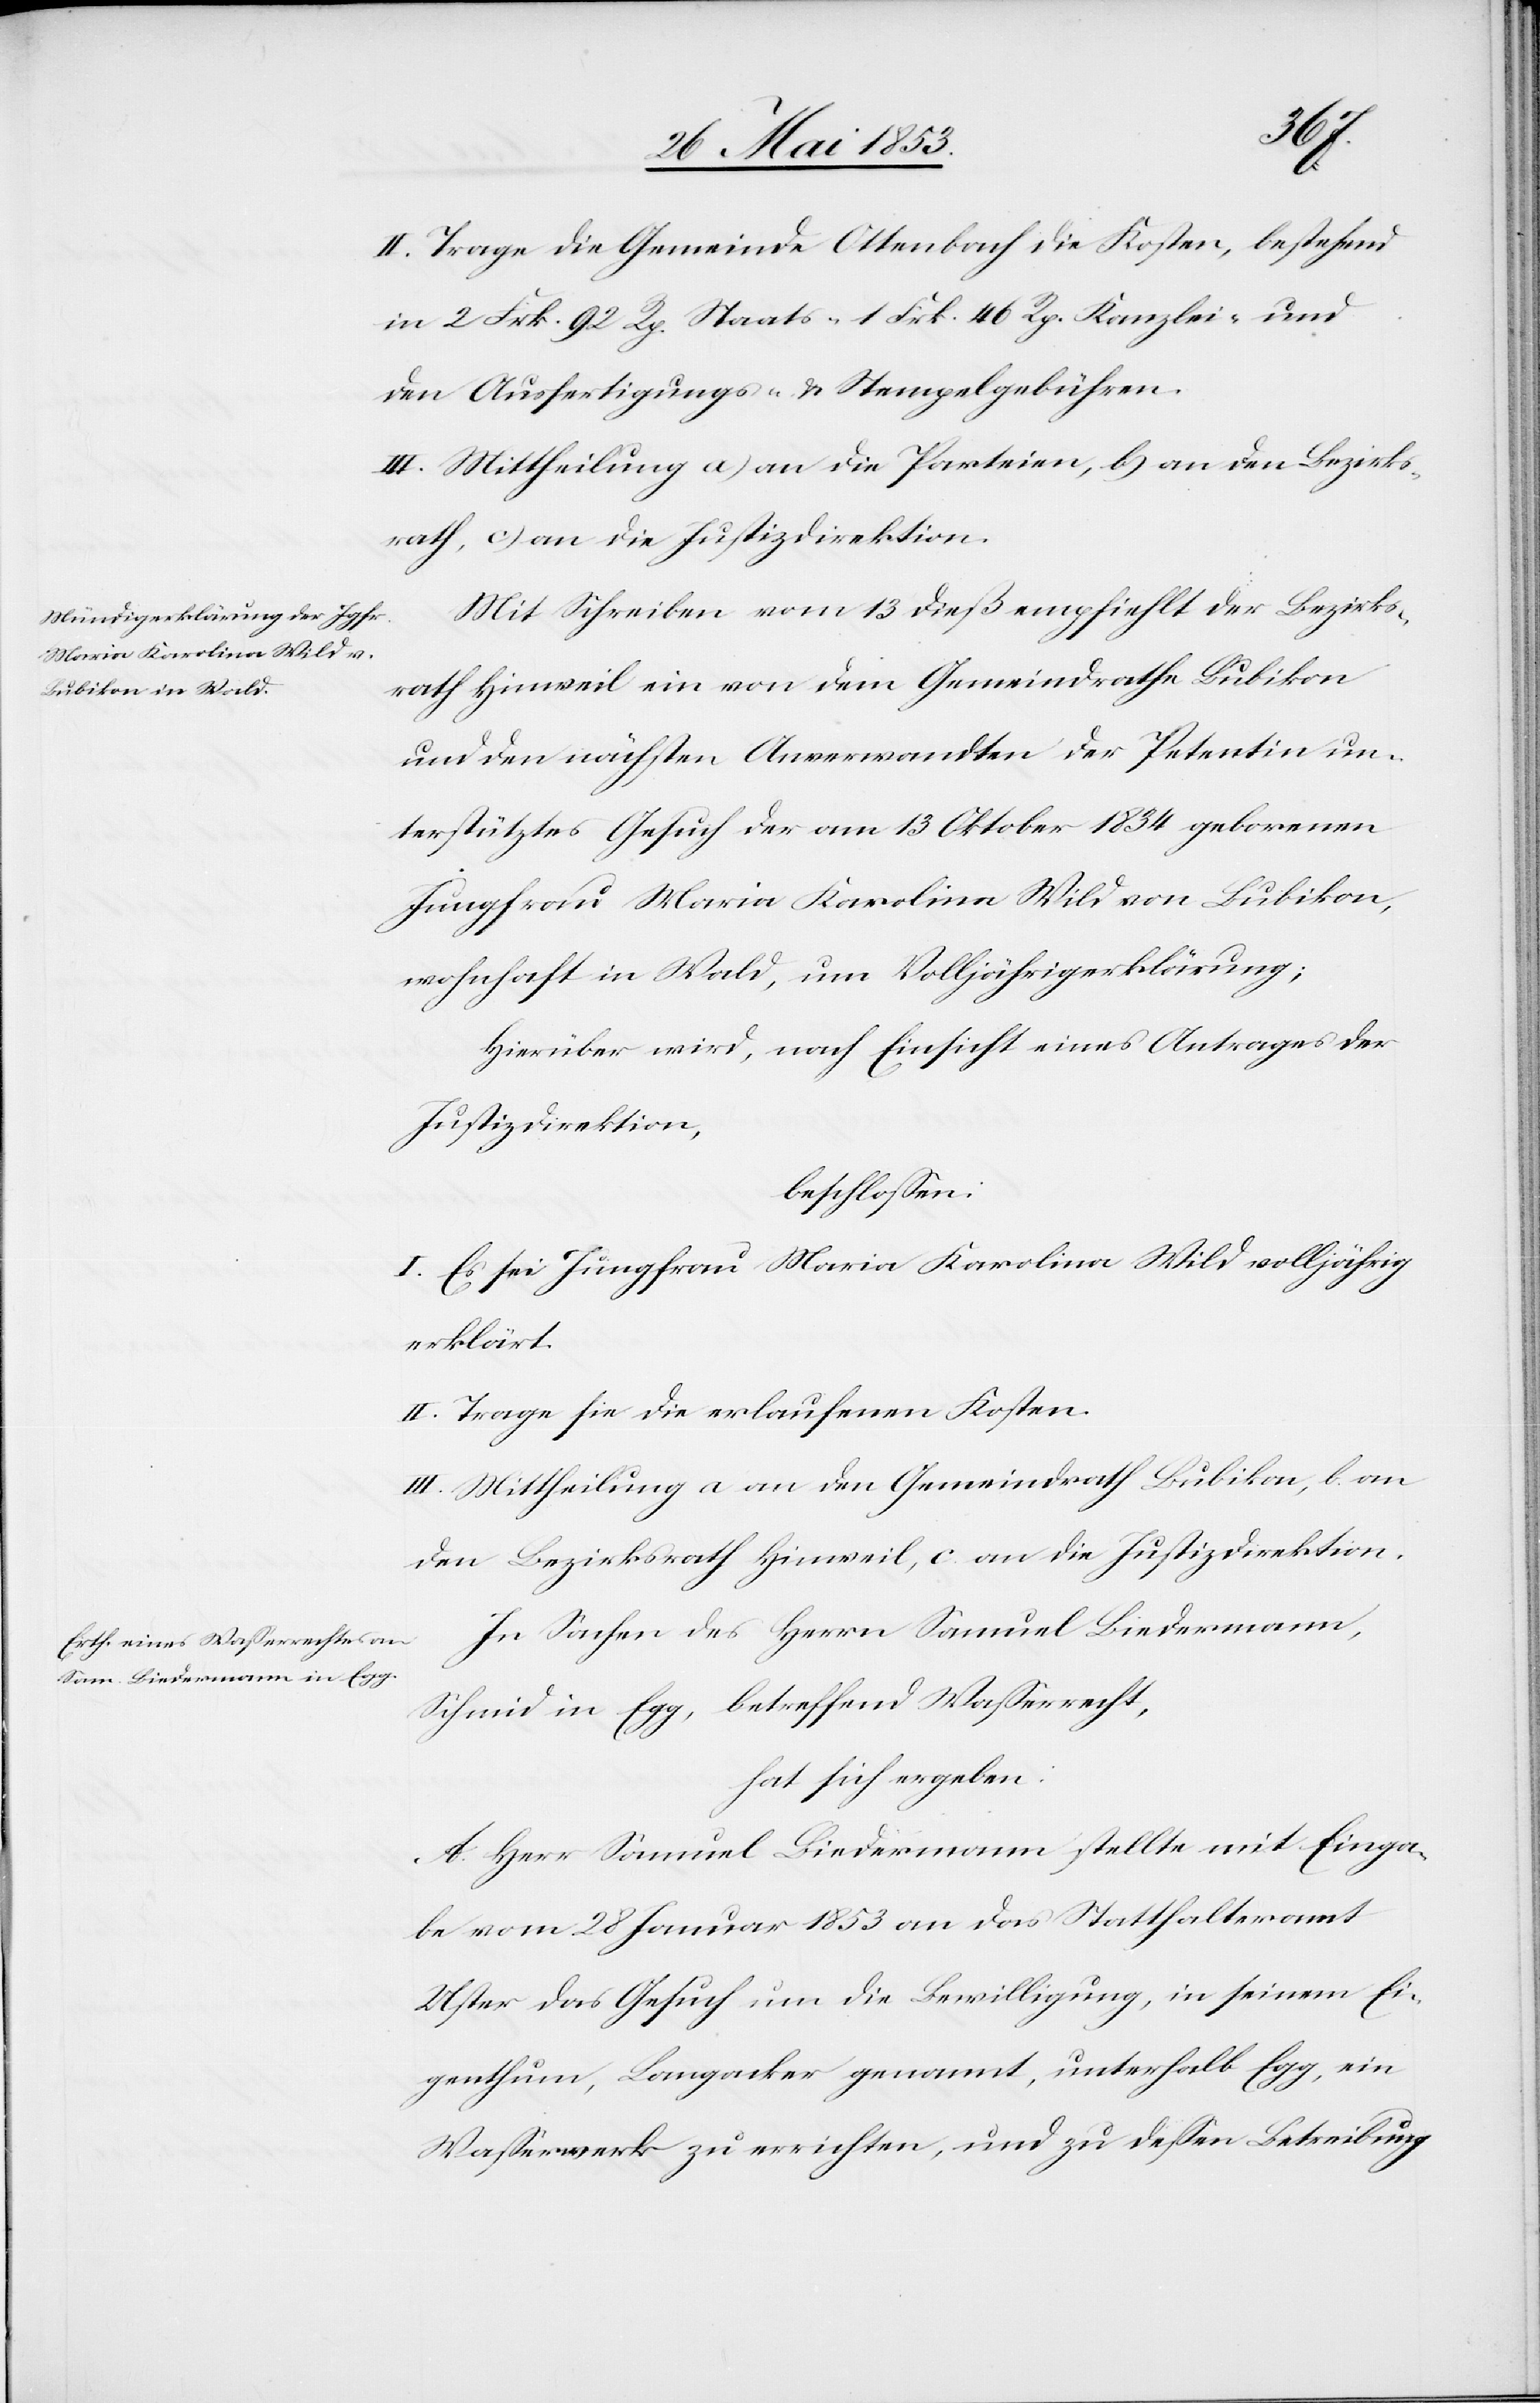
II. Trage die Gemeinde Ottenbach die Kosten, bestehend
in 2 Frk. 92 Rp. Staats- 1 Frk. 46 Rp. Kanzlei- und
den Ausfertigungs- u. Stempelgebühren.
III. Mittheilung a) an die Parteiene, b) an den Bezirks¬
rath, c) an die Justizdirektion.
Mit Schreiben vom 13 dieß empfiehlt der Bezirks¬
rath Hinweil ein von dem Gemeindrathe Bubikon
und den nächsten Anverwandten der Petentin un¬
terstütztes Gesuch der am 13 Oktober 1834 geborenen
Jungfrau Maria Karolina Wild von Bubikon,
wohnhaft in Wald, um Volljährigerklärung;
Hierüber wird, nach Einsicht eines Antrages der
Justizdirektion,
beschloßen:
I. Es sei Jungfrau Maria Karolina Wild volljährig
erklärt.
II. Trage sie die erlaufenen Kosten.
III. Mittheilung a an den Gemeindrath Bubikon, b an
den Bezirksrath Hinweil, c an die Justizdirektion.
In Sachen des Herrn Samuel Liedermann,
Schmid in Egg, betreffend Waßerrecht,
hat sich ergeben:
A. Herr Samuel Liedermann stellte mit Einga¬
be vom 28 Januar 1853 an das Statthalteramt
Uster das Gesuch um die Bewilligung, in seinem Ei¬
genthum, Langacker genannt, unterhalb Egg, ein
Waßerwerk zu errichten, und zu deßen Betreibung